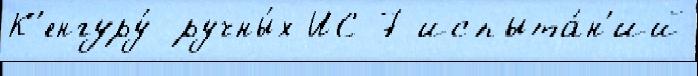
К'енгуру́ ручны́х ИС-7 испыта́н'ий